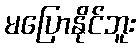
မပြောနိုင်ဘူး